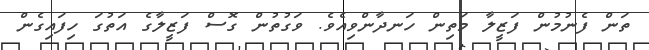
ތަން ފެނުމުން ފަޒީލާ މަތިން ހަނދާންވިއެވެ. ވަގުތުން ގޮސް ފަޒީލާގެ އަތުގަ ހިފައިގެން